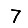
Digit: 7